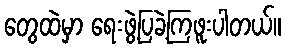
တွေထဲမှာ ရေးဖွဲ့ပြခဲ့ကြဖူးပါတယ်။